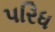
પરિધ